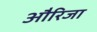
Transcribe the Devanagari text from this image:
औरिजा